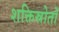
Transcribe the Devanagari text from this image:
शक्तिस्रोतों